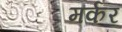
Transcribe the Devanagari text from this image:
मर्कर